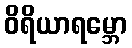
ဝိရိယာရမ္ဘော